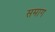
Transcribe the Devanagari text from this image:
समाग